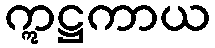
ဣဋ္ဌကာယ